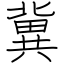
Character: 冀